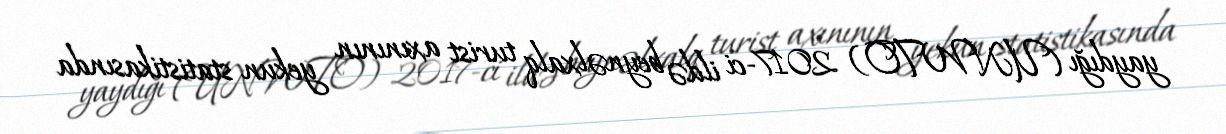
yaydığı (UNWTO) 2017-ci ildə beynəlxalq turist axınının yekun statistikasında